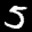
Label: 5